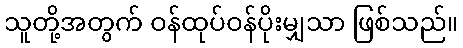
သူတို့အတွက် ဝန်ထုပ်ဝန်ပိုးမျှသာ ဖြစ်သည်။